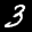
Label: 3